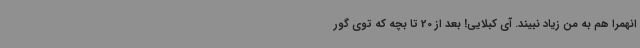
انهمرا هم به من زیاد نبیند. آی کبلایی! بعد از 20 تا بچه که توی گور